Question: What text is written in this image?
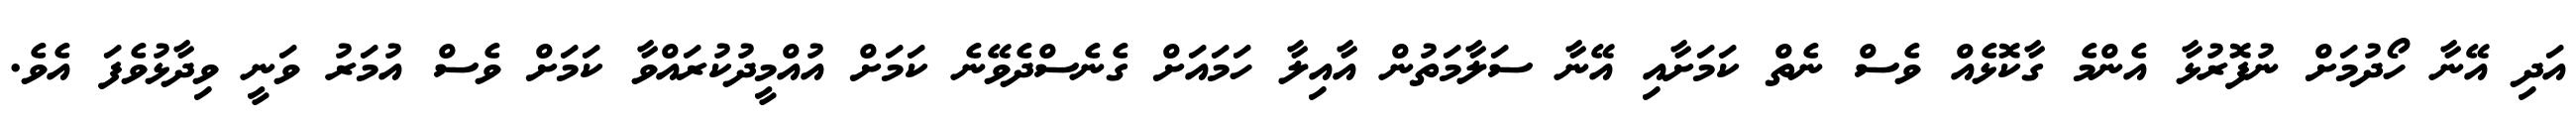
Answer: އަދި އޭނާ ހޯދުމަށް ނުފޮރުޅާ އެންމެ ގާކޮޅެއް ވެސް ނެތް ކަމަށާއި އޭނާ ސަލާމަތުން އާއިލާ ހަމައަށް ގެނެސްދެވޭނެ ކަމަށް އުއްމީދުކުރައްވާ ކަމަށް ވެސް އުމަރު ވަނީ ވިދާޅުވެފަ އެވެ.